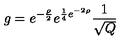
g = e ^ { - \frac { \rho } { 2 } } e ^ { \frac { 1 } { 4 } e ^ { - 2 \rho } } \frac { 1 } { \sqrt { Q } }